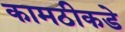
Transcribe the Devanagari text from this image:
कामठीकडे